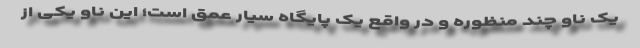
یک ناو چند منظوره و در واقع یک پایگاه سیّار عمق است؛ این ناو یکی از